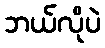
ဘယ်လိုပဲ